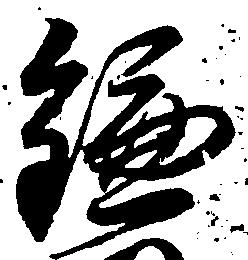
鎌